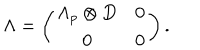
LaTeX: \Lambda = \left( \begin{array} { c c } { { \Lambda _ { p } \otimes D } } & { { 0 } } \\ { { 0 } } & { { 0 } } \\ \end{array} \right) .